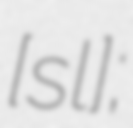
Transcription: ​[sɛl];